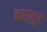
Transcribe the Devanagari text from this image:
बरलूट